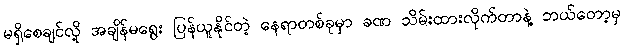
မရှိစေချင်လို့ အချိန်မရွေး ပြန်ယူနိုင်တဲ့ နေရာတစ်ခုမှာ ခဏ သိမ်းထားလိုက်တာနဲ့ ဘယ်တော့မှ